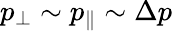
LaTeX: p_{\perp}\sim p_{\| }\sim\Delta p